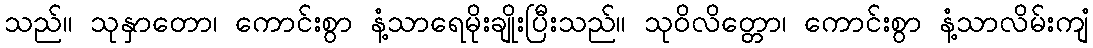
သည်။ သုနှာတော၊ ကောင်းစွာ နံ့သာရေမိုးချိုးပြီးသည်။ သုဝိလိတ္တော၊ ကောင်းစွာ နံ့သာလိမ်းကျံ